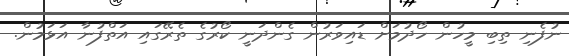
ނުފެނި ތިބި މީހުން ހޯދުމަށް ޑައިވަރުން ގެންދަނީ ކޯރުގެ ތެރޭގައި އަތްފުނާ އަޅަމުން.